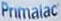
Primalac